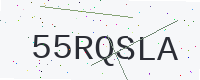
Text: 55RQSLA